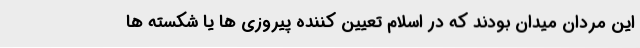
این مردان میدان بودند که در اسلام تعیین کننده پیروزی ها یا شکسته ها